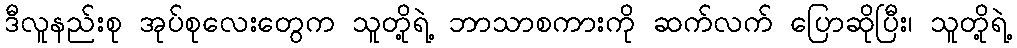
ဒီလူနည်းစု အုပ်စုလေးတွေက သူတို့ရဲ့ ဘာသာစကားကို ဆက်လက် ပြောဆိုပြီး၊ သူတို့ရဲ့